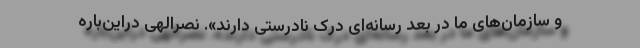
و سازمان‌های ما در بعد رسانه‌ای درک نادرستی دارند». نصرالهی دراین‌باره